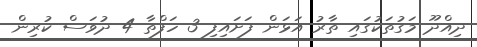
ދިއްދޫ މަގުތަކުގައި ތާރު އަޅަން ފަށައިފި 3 ހަފްތާ 4 ދުވަސް ކުރިން